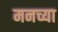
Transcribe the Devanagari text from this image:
मनच्या